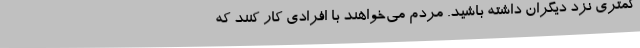
کمتری نزد دیگران داشته باشید. مردم می‌خواهند با افرادی کار کنند که